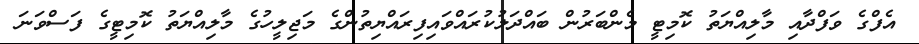
އެފްގެ ވަފްދާއި މާލިއްޔަތު ކޮމިޓީ މެންބަރުން ބައްދަލުކުރައްވައިފިރައްޔިތުންގެ މަޖިލީހުގެ މާލިއްޔަތު ކޮމިޓީގެ ފަސްވަނަ